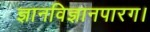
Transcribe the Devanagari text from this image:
ज्ञानविज्ञानपारग।